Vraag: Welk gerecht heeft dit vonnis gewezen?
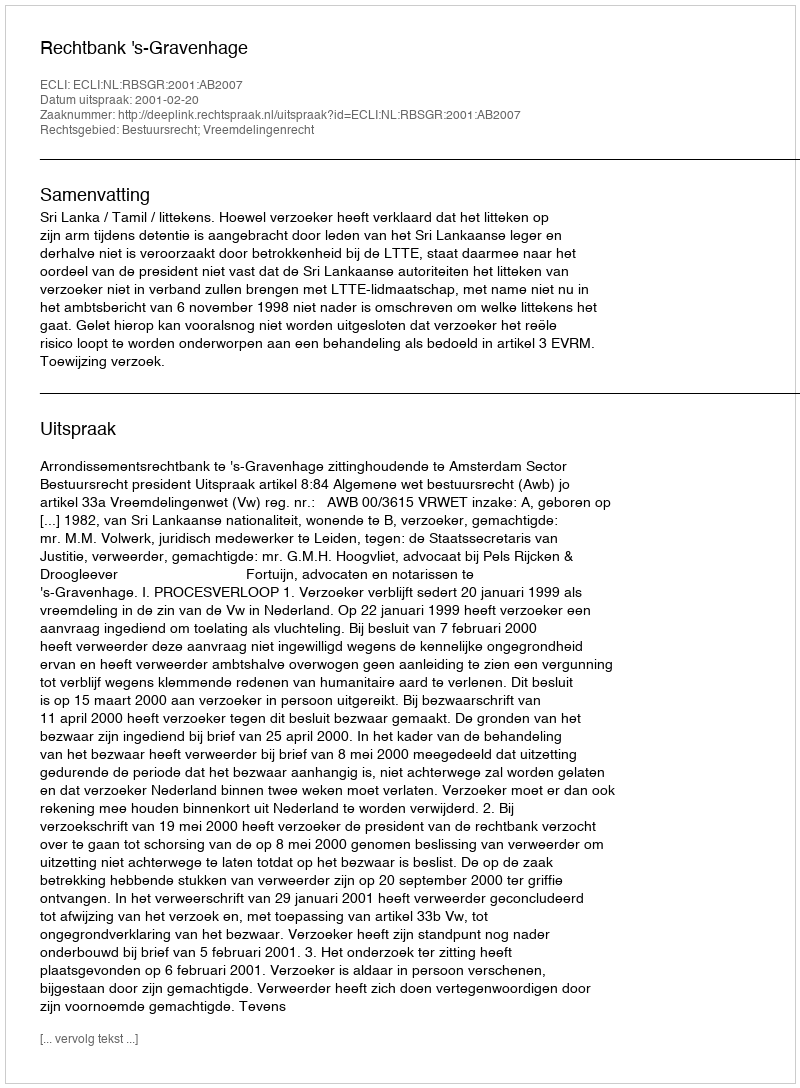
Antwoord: Rechtbank 's-Gravenhage